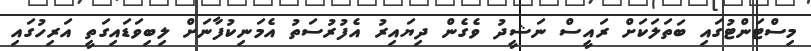
މިސްޓަންޓުގައި ބަތަލަކަށް ރައީސް ނަޝީދު ވެގެން ދިޔައިރު އެފުރުސަތު އެމަނިކުފާނަށް ލިބިވަޑައިގަތީ އަރިހުގައި